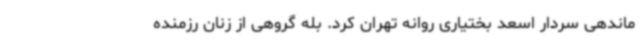
ماندهی سردار اسعد بختیاری روانه تهران کرد. بله گروهی از زنان رزمنده